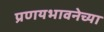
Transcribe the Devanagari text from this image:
प्रणयभावनेच्या